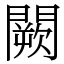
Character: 闕